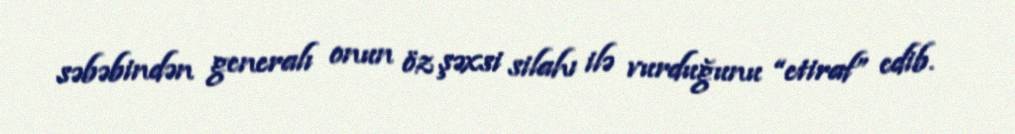
səbəbindən generalı onun öz şəxsi silahı ilə vurduğunu “etiraf” edib.